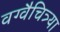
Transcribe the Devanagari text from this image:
वग्वैचित्र्या